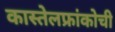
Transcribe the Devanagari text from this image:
कास्तेलफ्रांकोची